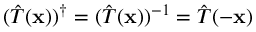
( { \hat { T } } ( \mathbf { x } ) ) ^ { \dagger } = ( { \hat { T } } ( \mathbf { x } ) ) ^ { - 1 } = { \hat { T } } ( - \mathbf { x } )